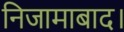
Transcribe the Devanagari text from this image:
निजामाबाद।